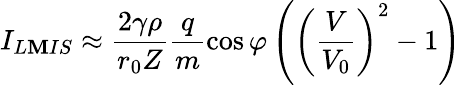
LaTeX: I_{L\mathbf{M}IS}\approx\frac{{2\gamma\rho}}{{r_{0}Z}}\frac{{q}}{{m}}\cos{\varphi}\left(\left(\frac{{V}}{{V_{0}}}\right)^{2}-1\right)